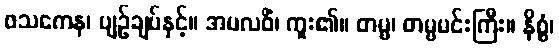
ဖသကေန၊ ပျဉ်ချပ်နှင့်။ အပလဝိံ၊ ကူး၏။ တမ္ဗ၊ တမ္ဗမင်းကြီး။ နိစ္စံ၊